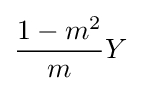
{\frac {1-m^{2}}{m}}Y